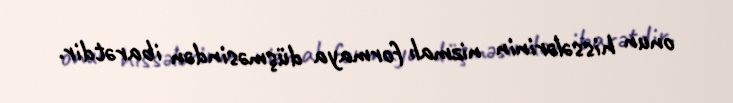
onun hissələrinin nizmalı formaya düşməsindən ibarətdir.